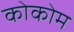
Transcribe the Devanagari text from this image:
कोकोम